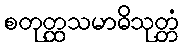
စတုတ္ထသမာဓိသုတ္တံ